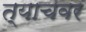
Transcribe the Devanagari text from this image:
त्याचवर